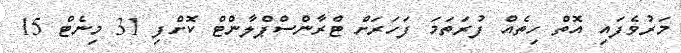
މަރުވެފައި އޮތް ހިތެއް ފުރަތަމަ ފަހަރަށް ޓްރާންސްޕްލާންޓް ކޮށްފި 31 މިނެޓް 15